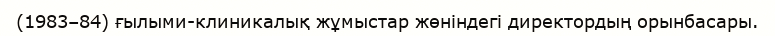
(1983–84) ғылыми-клиникалық жұмыстар жөніндегі директордың орынбасары.